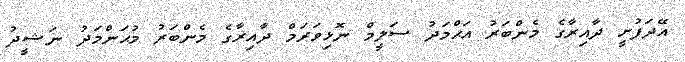
އޭދަފުށީ ދާއިރާގެ މެންބަރު އަޙްމަދު ސަލީމް ނޮޅިވަރަމް ދާއިރާގެ މެންބަރު މުޙަންމަދު ނަޝީދު